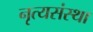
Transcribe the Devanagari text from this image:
नृत्यसंस्था